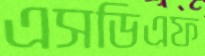
এসডিএফ